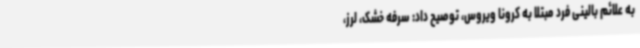
به علائم بالینی فرد مبتلا به کرونا ویروس، توصیح داد: سرفه خشک، لرز،